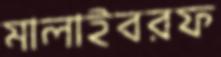
মালাইবরফ